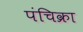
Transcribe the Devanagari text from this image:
पंचिक्रा